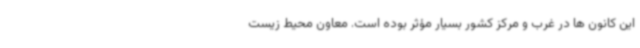
این کانون ها در غرب و مرکز کشور بسیار مؤثر بوده است. معاون محیط زیست